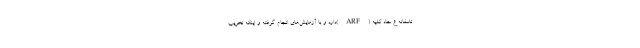
تاسفانه ع حاد کلیه (ARF)دارد و با آزمایش‌های انجام گرفته و اینکه تخریب